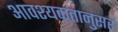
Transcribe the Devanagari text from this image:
आवश्यकतानुसर